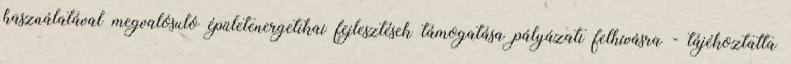
használatával megvalósuló épületenergetikai fejlesztések támogatása pályázati felhívásra - tájékoztatta